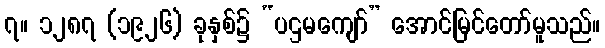
၇။ ၁၂၈၇ (၁၉၂၆) ခုနှစ်၌ “ပဌမကျော်” အောင်မြင်တော်မူသည်။